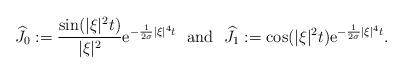
LaTeX: \begin{align*}\widehat{J}_0:=\frac{\sin(|\xi|^2t)}{|\xi|^2}\mathrm{e}^{-\frac{1}{2\sigma}|\xi|^4t}\ \ \mbox{and}\ \ \widehat{J}_1:=\cos(|\xi|^2t)\mathrm{e}^{-\frac{1}{2\sigma}|\xi|^4t}.\end{align*}